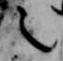
言